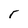
Character: r